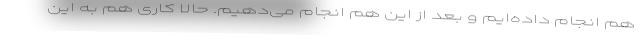
هم انجام داده‌ایم و بعد از این هم انجام می‌دهیم. حالا کاری هم به این